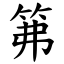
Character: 笰